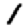
Digit: 1